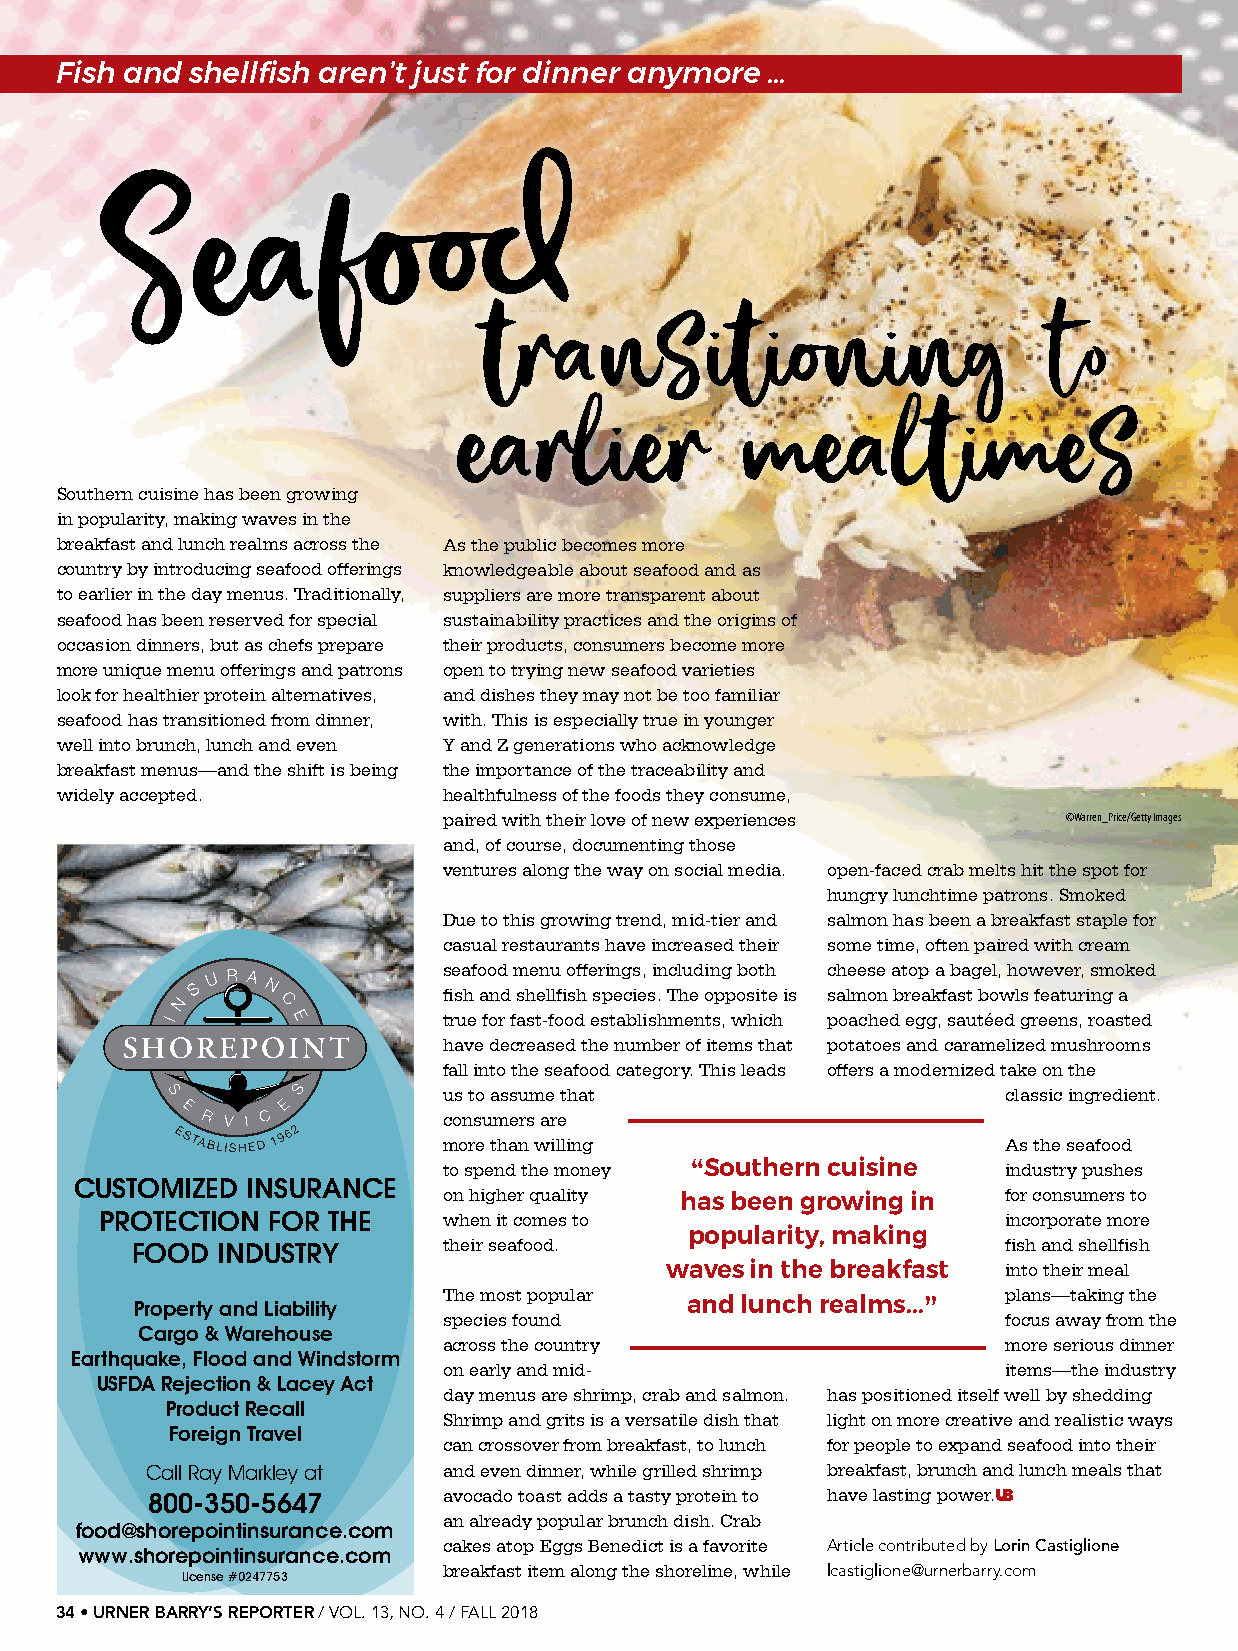
Fish and shellfish aren’t just for dinner anymore …
 Southern cuisine has been growing
 in popularity, making waves in the
 breakfast and lunch realms across the As the public becomes more
 country by introducing seafood offerings knowledgeable about seafood and as
 to earlier in the day menus. Traditionally, suppliers are more transparent about
 seafood has been reserved for special sustainability practices and the origins of
 occasion dinners, but as chefs prepare their products, consumers become more
 more unique menu offerings and patrons open to trying new seafood varieties
 look for healthier protein alternatives, and dishes they may not be too familiar
 seafood has transitioned from dinner, with. This is especially true in younger
 well into brunch, lunch and even Y and Z generations who acknowledge
 breakfast menus—and the shift is being the importance of the traceability and
 widely accepted.         healthfulness of the foods they consume,
 paired with their love of new experiences ©Warren_Price/Getty Images
 and, of course, documenting those
 ventures along the way on social media. open-faced crab melts hit the spot for
 hungry lunchtime patrons. Smoked
 Due to this growing trend, mid-tier and salmon has been a breakfast staple for
 casual restaurants have increased their some time, often paired with cream
 seafood menu offerings, including both cheese atop a bagel, however, smoked
 fish and shellfish species. The opposite is salmon breakfast bowls featuring a
 true for fast-food establishments, which poached egg, sautéed greens, roasted
 have decreased the number of items that potatoes and caramelized mushrooms
 fall into the seafood category. This leads offers a modernized take on the
 us to assume that                     classic ingredient.
 consumers are
 more than willing                     As the seafood
 to spend the money “Southern cuisine  industry pushes
 CUSTOMIZED INSURANCE
 on higher quality                     for consumers to
 has been growing in
 PROTECTION FOR THE    when it comes to                      incorporate more
 popularity, making
 their seafood.                        fish and shellfish
 FOOD INDUSTRY
 waves in the breakfast into their meal
 The most popular                      plans—taking the
 Property and Liability              and lunch realms...”
 species found                         focus away from the
 Cargo & Warehouse
 across the country                    more serious dinner
 Earthquake, Flood and Windstorm
 on early and mid-                     items—the industry
 USFDA Rejection & Lacey Act
 day menus are shrimp, crab and salmon. has positioned itself well by shedding
 Product Recall
 Shrimp and grits is a versatile dish that light on more creative and realistic ways
 Foreign Travel
 can crossover from breakfast, to lunch for people to expand seafood into their
 Call Ray Markley at and even dinner, while grilled shrimp breakfast, brunch and lunch meals that
 800-350-5647       avocado toast adds a tasty protein to have lasting power.UB
 an already popular brunch dish. Crab
 food@shorepointinsurance.com
 cakes atop Eggs Benedict is a favorite Article contributed by Lorin Castiglione
 www.shorepointinsurance.com
 breakfast item along the shoreline, while lcastiglione@urnerbarry.com
 License #0247753
 34 • URNER BARRY’S REPORTER / VOL. 13, NO. 4 / FALL 2018